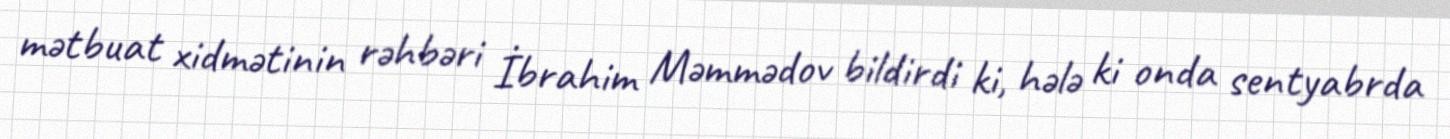
mətbuat xidmətinin rəhbəri İbrahim Məmmədov bildirdi ki, hələ ki onda sentyabrda